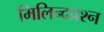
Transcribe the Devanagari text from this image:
मिलिन्दप्रश्न